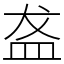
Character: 盋